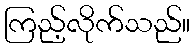
ကြည့်လိုက်သည်။